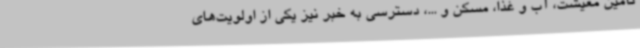
تامین معیشت، آب و غذا، مسکن و ...، دسترسی به خبر نیز یکی از اولویت‌های